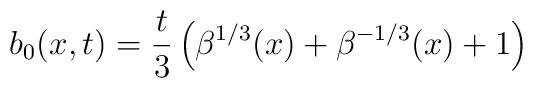
b_0(x,t)=\frac{t}{3}\left(\beta^{1/3}(x)+\beta^{-1/3}(x)+1\right)